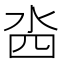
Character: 𣳉